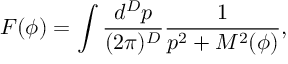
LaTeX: F ( \phi ) = \int \frac { d ^ { D } p } { ( 2 \pi ) ^ { D } } \frac { 1 } { p ^ { 2 } + M ^ { 2 } ( \phi ) } ,